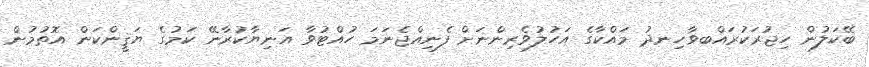
ބޭކަލުން ހިޖުރަކުރައްބވާހިނދު މައްކާގެ އަހުލުވެރިންނަށް ފެނިއްޖެނަމަ ހުއްޓުވާ އަނިޔާކުރާނޭ ކަމުގެ ޔަަޤީންކަން އޮތުމުން